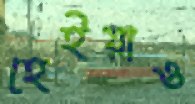
হেইয়াও